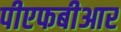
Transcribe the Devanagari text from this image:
पीएफबीआर